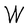
Character: W